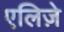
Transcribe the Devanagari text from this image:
एलिज़े